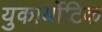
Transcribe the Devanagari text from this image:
युकार्योटिक